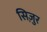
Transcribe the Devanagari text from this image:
सिज़ुर